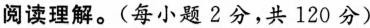
阅读理解.(每小题2分,共 120 分)